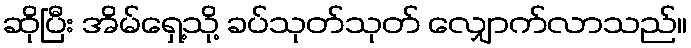
ဆိုပြီး အိမ်ရှေ့သို့ ခပ်သုတ်သုတ် လျှောက်လာသည်။